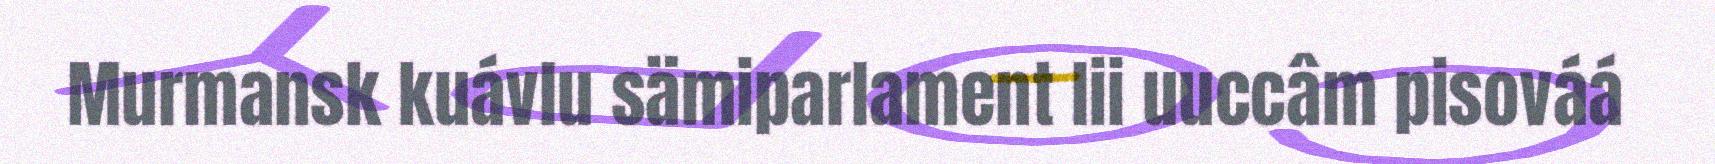
Murmansk kuávlu sämiparlament lii uuccâm pisováá